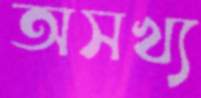
অসখ্য